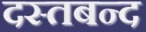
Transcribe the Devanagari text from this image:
दस्तबन्द